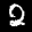
Label: 2